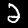
Digit: 2